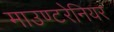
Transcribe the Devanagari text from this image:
माउण्टरेनियर